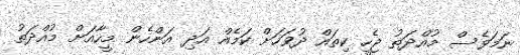
ނަމަވެސް މުއްދަތު ޖެހީ ކިތައް ދުވަހަށް ކަމެއް އަދި އަންހެން މީހާއަށް މުއްދަތު